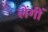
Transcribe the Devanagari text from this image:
लेंगीं